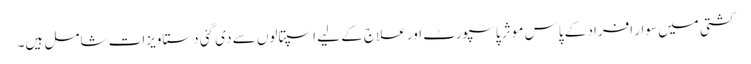
کشتی میں سوار افراد کے پاس موثر پاسپورٹ اور علاج کے لیے اسپتالوں سے دی گئی دستاویزات شامل ہیں۔